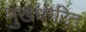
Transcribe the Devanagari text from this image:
मुखधारित